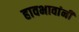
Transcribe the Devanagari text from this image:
हावभावांनीं